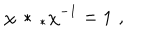
\chi \, * \, _ { * } \chi ^ { - 1 } = 1 \, \, ,